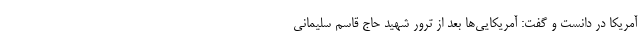
آمریکا در دانست و گفت: آمریکایی‌ها بعد از ترور شهید حاج قاسم سلیمانی